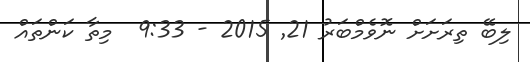
ލިބޭ ތިރަށަށް ނޮވެމްބަރު 21